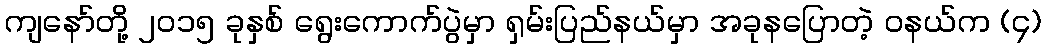
ကျနော်တို့ ၂၀၁၅ ခုနှစ် ရွေးကောက်ပွဲမှာ ရှမ်းပြည်နယ်မှာ အခုနပြောတဲ့ ဝနယ်က (၄)